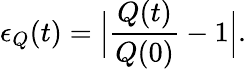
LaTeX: \epsilon_{Q}(t)=\Big|\frac{Q(t)}{Q(0)}-1\Big|.